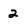
Character: 2